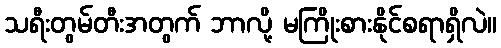
သရီးတွမ်တီးအတွက် ဘာလို့ မကြိုးစားနိုင်စရာရှိလဲ။